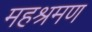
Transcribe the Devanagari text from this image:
महश्रमण